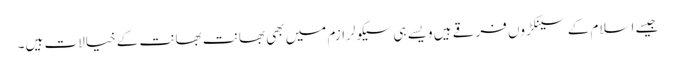
جیسے اسلام کے سینکڑوں فرقے ہیں ویسے ہی سیکولرازم میں بھی بھانت بھانت کے خیالات ہیں۔